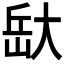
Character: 𭖯